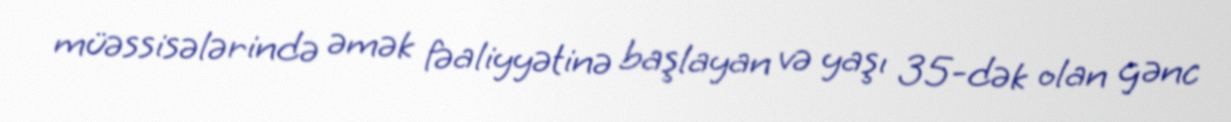
müəssisələrində əmək fəaliyyətinə başlayan və yaşı 35-dək olan gənc